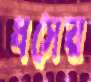
ধসের